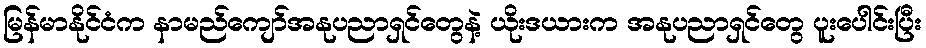
မြန်မာနိုင်ငံက နာမည်ကျော်အနုပညာရှင်တွေနဲ့ ယိုးဒယားက အနုပညာရှင်တွေ ပူးပေါင်းပြီး